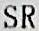
SR